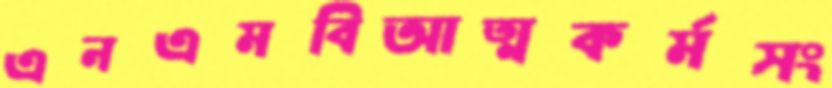
এনএমবিআত্মকর্মসং